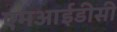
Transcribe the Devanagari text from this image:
एमआईडीसी